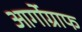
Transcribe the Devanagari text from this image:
आर्गोग्राफ